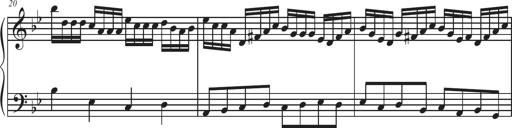
Title: Sonatina Espania
Composer: Jerald Franklin Archer
Key: Various